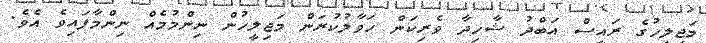
މަޖިލީހުގެ ރައީސް އަބްދު ޝާހިދާ ވެރިކަން ހަވާލުކުރަން މަޖިލީހުން ނިންމުމެއް ނިންމާފައިވެ އެވެ.